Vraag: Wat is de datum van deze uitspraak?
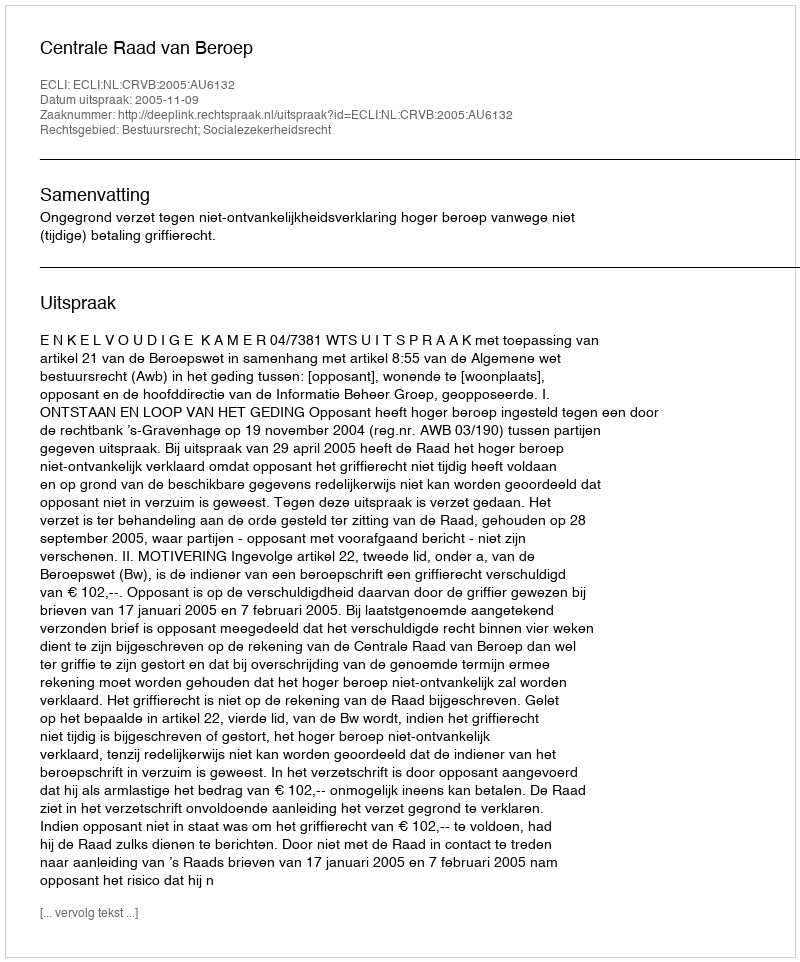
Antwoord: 2005-11-09